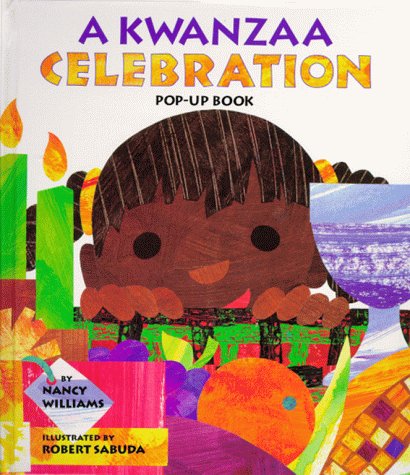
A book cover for A Kwanzaa Celebration Pop-Up Book : CELEBRATING THE HOLIDAY WITH NEW TRADITIONS AND FEASTS; Nancy Williams; Children's Books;